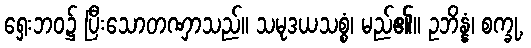
ရှေးဘဝ၌ ပြီးသောတဏှာသည်။ သမုဒယသစ္စံ၊ မည်၏။ ဥဘိန္နံ၊ စက္ခု,